Vaccination report Assam 1874-1896 - 1874-1896
Year: 1874
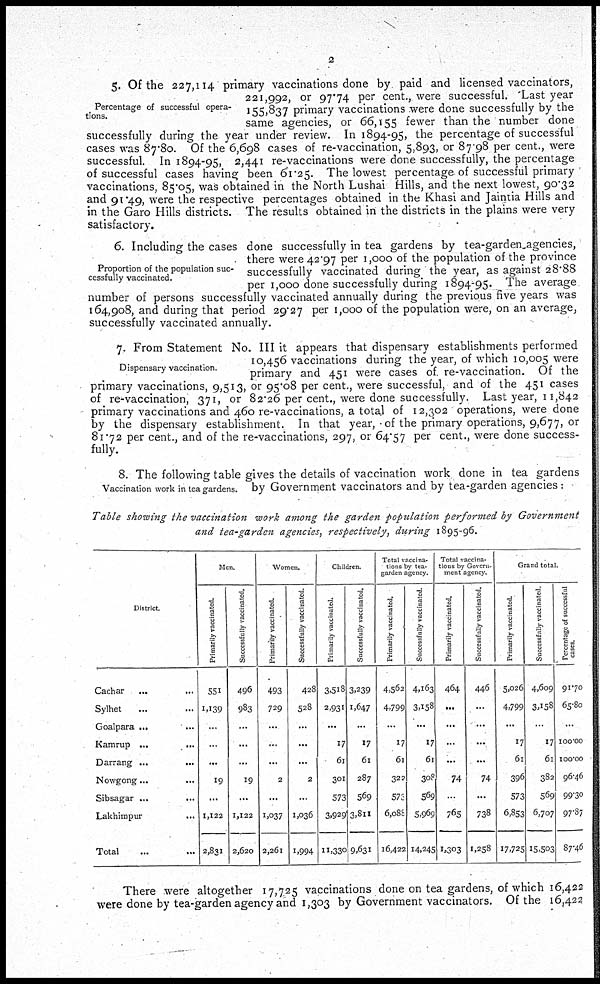
2
Percentage of successful opera-
tions.
5. Of the 227,114 primary vaccinations done by paid and licensed vaccinators,
221,992, or 97.74 per cent., were successful. 'Last year
155,837 primary vaccinations were done successfully by the
same agencies, or 66,155 fewer than the number done
successfully during the year under review. In 1894-95, the percentage of successful
cases was 87.80. Of the 6,698 cases of re-vaccination, 5,893, or 87.98 per cent., were
successful. In 1894-95, 2,441 re-vaccinations were done successfully, the percentage
of successful cases having been 61.25. The lowest percentage of successful primary
vaccinations, 85.05, was obtained in the North Lushai Hills, and the next lowest, 90.32
and 91.49, were the respective percentages obtained in the Khasi and Jaintia Hills and
in the Garo Hills districts. The results obtained in the districts in the plains were very
satisfactory.
Proportion of the population suc-
cessfully vaccinated.
6. Including the cases done successfully in tea gardens by tea-garden agencies,
there were 42.97 per 1,000 of the population of the province
successfully vaccinated during the year, as against 28.88
per 1,000 done successfully during 1894-95. The average
number of persons successfully vaccinated annually during the previous five years was
164,908, and during that period 29.27 per 1,000 of the population were, on an average,
successfully vaccinated annually.
Dispensary vaccination.
7. From Statement No. III it appears that dispensary establishments performed
10,456 vaccinations during the year, of which 10,005 were
primary and 451 were cases of re-vaccination. Of the
primary vaccinations, 9,513, or 95.08 per cent., were successful, and of the 451 cases
of re-vaccination, 371, or 82.26 per cent., were done successfully. Last year, 11,842
primary vaccinations and 460 re-vaccinations, a total of 12,302 operations, were done
by the dispensary establishment. In that year,of the primary operations, 9,677, or
81.72 per cent., and of the re-vaccinations, 297, or 64.57 per cent., were done success-
fully.
Vaccination work in tea gardens.
8. The following table gives the details of vaccination work done in tea gardens
by Government vaccinators and by tea-garden agencies :
Table showing the vaccination work among the garden population performed by Government
and tea-garden agencies, respectively, during 1895-96.
District
Cachar
...
...
Sylhet ... ...
Goalpara ... ...
Kamrup ...
...
Darrang ...
...
Nowgong... ...
Sibsagar ... ...
Lakhimpur ... ...
Total ... ...
Men.
Primarily vaccinated.
551
1,139
...
...
...
19
...
1,122
2,831
Successfully vaccinated.
496
983
...
...
...
19
...
1,122
2,620
Women.
Primarily vaccinated.
493
729
...
...
...
2
...
1,037
2,261
Successfully vaccinated.
428
528
...
...
...
2
...
1,036
1,994
Children.
Primarily vaccinated.
3,518
2,931
...
17
61
301
573
3,929
11,330
Successfully vaccinated.
3,239
1,647
...
17
6l
287
569
3,811
9,631
Total vaccina-
tions by tea¬
garden agency.
Primarily vaccinated.
4,562
4,799
...
17
61
322
573
6,088
16,422
Successfully vaccinated.
4,163
3,158
...
17
61
308
569
5,969
14,245
Total vaccina-
tions by Govern-
---- agency.
Primarily vaccinated.
464
...
...
...
...
74
...
765
1,303
Successfully vaccinated.
446
...
...
...
...
74
...
738
1,258
Grand total.
Primarily vaccinated.
5,026
4,799
...
17
61
396
573
6,853
17,725
Successfully vaccinated.
4,609
3,158
...
17
6l
382
569
6,707
15,503
Percentage of successful
cases.
91.70
65.80
...
100.00
100.00
96.46
99.30
97.87
87.46
There were altogether 17,725 vaccinations done on tea gardens, of which 16,422
were done by tea-garden agency and 1,303 by Government vaccinators. Of the 16,422